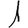
Digit: 1